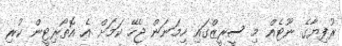
ރުފިޔާގެ ނޫޓެއް މި ސީރީޒްގައި ހިމަނަން ޖެހޭ ކަމަށް އެ އޮތޯރިޓީން ކުރި